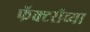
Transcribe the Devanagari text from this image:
फॅक्टरीच्या